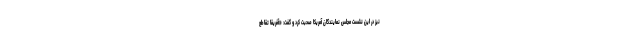
نیز در این نشست مجلس نمایندگان آمریکا صحبت کرد و گفت: «آفریقا تقاطع